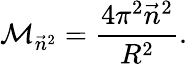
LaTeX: \mathcal{M}_{\vec{{n}}^{2}}={\frac{{4\pi^{2}\vec{{n}}^{2}}}{{R^{2}}}}.\,